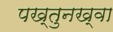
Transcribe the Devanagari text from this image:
पख्तुनख्वा